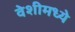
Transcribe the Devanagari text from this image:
वेशीमध्ये